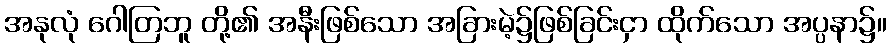
အနုလုံ ဂေါတြဘူ တို့၏ အနီးဖြစ်သော အခြားမဲ့၌ဖြစ်ခြင်းငှာ ထိုက်သော အပ္ပနာ၌။